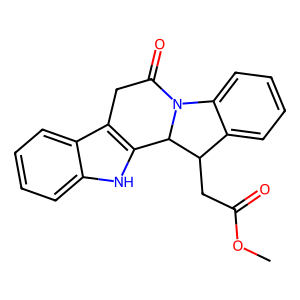
SMILES: COC(=O)CC1c2ccccc2N2C(=O)Cc3c([nH]c4ccccc34)C12
Inhibits HIV replication: No